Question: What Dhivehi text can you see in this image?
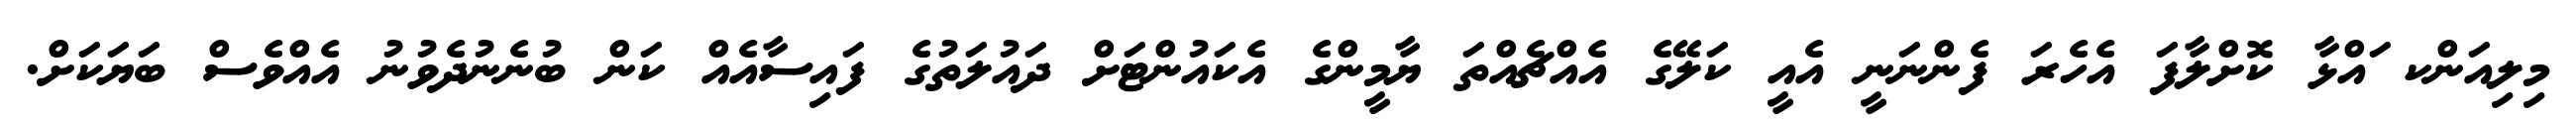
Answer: މިލިއަންކ ައްޅާ ކޮށްލާފަ އެހެރަ ފެންނަނީ އެއީ ކަލޭގެ އެއްޗެއްތަ ޔާމީންގެ އެކައުންޓަށް ދައުލަތުގެ ފައިސާއެއް ކަން ބުނެނުދެވުނު އެއްވެސް ބަޔަކަށް.